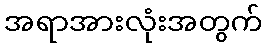
အရာအားလုံးအတွက်